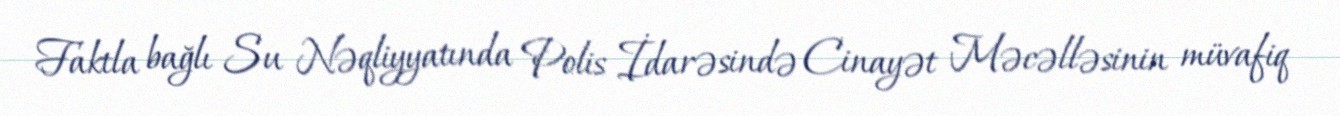
Faktla bağlı Su Nəqliyyatında Polis İdarəsində Cinayət Məcəlləsinin müvafiq